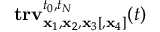
\mathbf { t r v } _ { { \mathbf x } _ { 1 } , { \mathbf x } _ { 2 } , { \mathbf x } _ { 3 } [ , { \mathbf x } _ { 4 } ] } ^ { t _ { 0 } , t _ { N } } ( t )